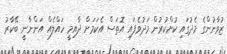
ޒުވާނުންގެ މެދުގައި ކުށްކުރުން މަދުވެފައި އޮތަސް އެކަމަށް ދާއިމީ ހައްލެއް އަންނާނީ ބޭކާރު